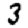
Digit: 3